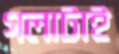
গলাটাই